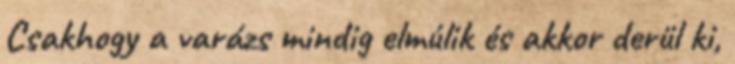
Csakhogy a varázs mindig elmúlik és akkor derül ki,